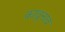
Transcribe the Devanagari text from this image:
कावूनाव